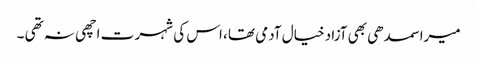
میرا سمدھی بھی آزاد خیال آدمی تھا، اس کی شہر ت اچھی نہ تھی ۔